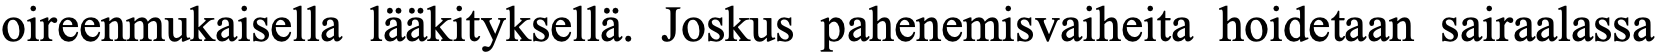
oireenmukaisella lääkityksellä. Joskus pahenemisvaiheita hoidetaan sairaalassa